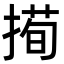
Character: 㨚